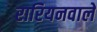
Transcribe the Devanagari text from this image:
रारियनवाले